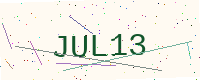
Text: JUL13